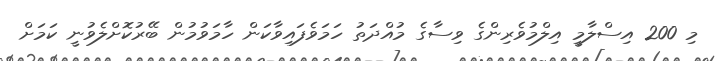
މި 200 އިސްލާމީ އިލްމުވެރިންގެ ވިސާގެ މުއްދަތު ހަމަވެފައިވާކަން ހާމަވުމުން ބޭރުކޮށްލެވުނީ ކަމަށް